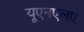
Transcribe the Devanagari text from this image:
यूएनएलए